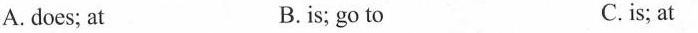
A.does; at B. is; go to C.is; at